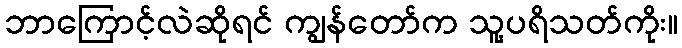
ဘာကြောင့်လဲဆိုရင် ကျွန်တော်က သူ့ပရိသတ်ကိုး။